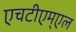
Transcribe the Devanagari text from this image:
एचटीएम्एल